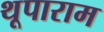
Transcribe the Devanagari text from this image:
थूपाराम